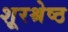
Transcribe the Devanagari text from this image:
शूरश्रेष्ठ